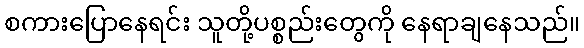
စကားပြောနေရင်း သူတို့ပစ္စည်းတွေကို နေရာချနေသည်။